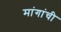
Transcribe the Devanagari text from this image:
मांगांची